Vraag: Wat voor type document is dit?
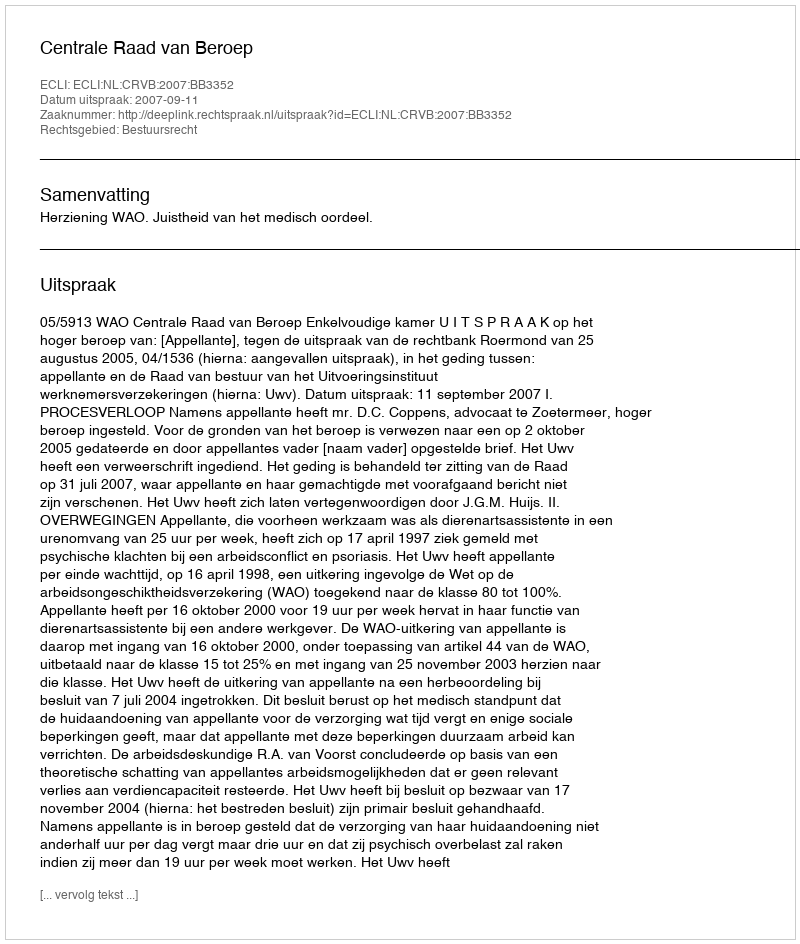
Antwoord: Uitspraak